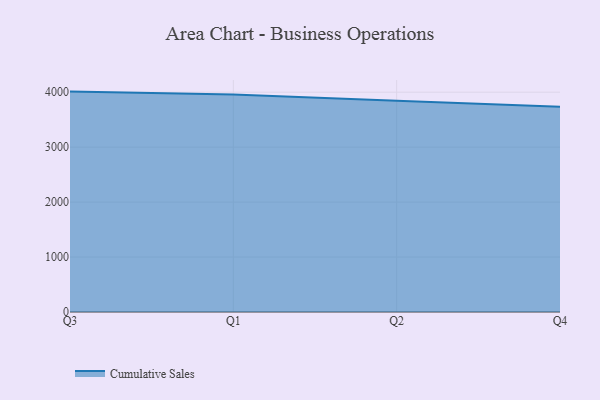
{"axis": {"x": "Quarter", "y": "Conversion Rate (%)"}, "legend": ["Cumulative Sales"], "data": [{"x": "Q3", "y": 4011.0, "type": "Cumulative Sales"}, {"x": "Q1", "y": 3957.0, "type": "Cumulative Sales"}, {"x": "Q2", "y": 3845.4, "type": "Cumulative Sales"}, {"x": "Q4", "y": 3733.3, "type": "Cumulative Sales"}]}